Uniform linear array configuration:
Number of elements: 48
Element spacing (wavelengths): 0.25
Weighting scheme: hamming
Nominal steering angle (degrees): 15
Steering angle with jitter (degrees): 14.987
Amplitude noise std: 0.05
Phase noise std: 0.05

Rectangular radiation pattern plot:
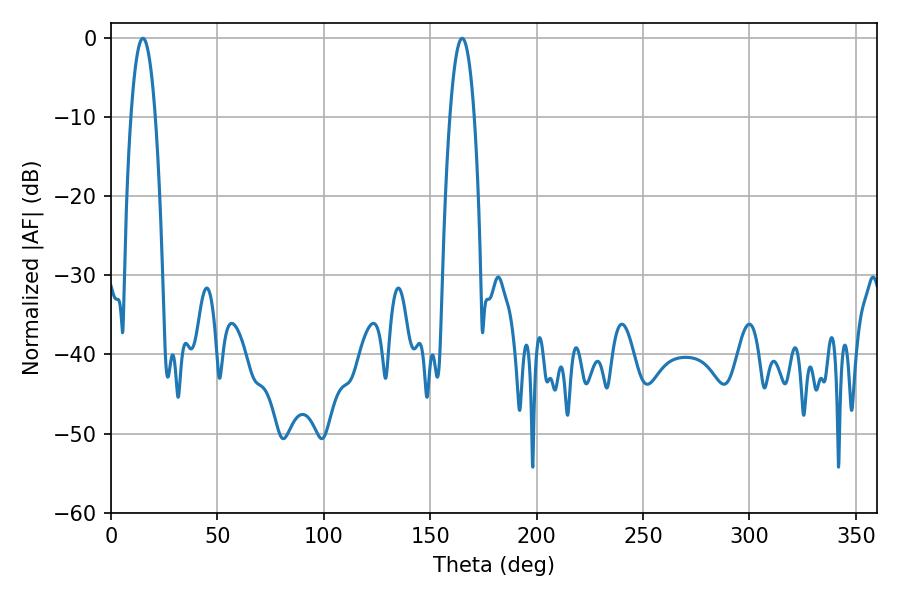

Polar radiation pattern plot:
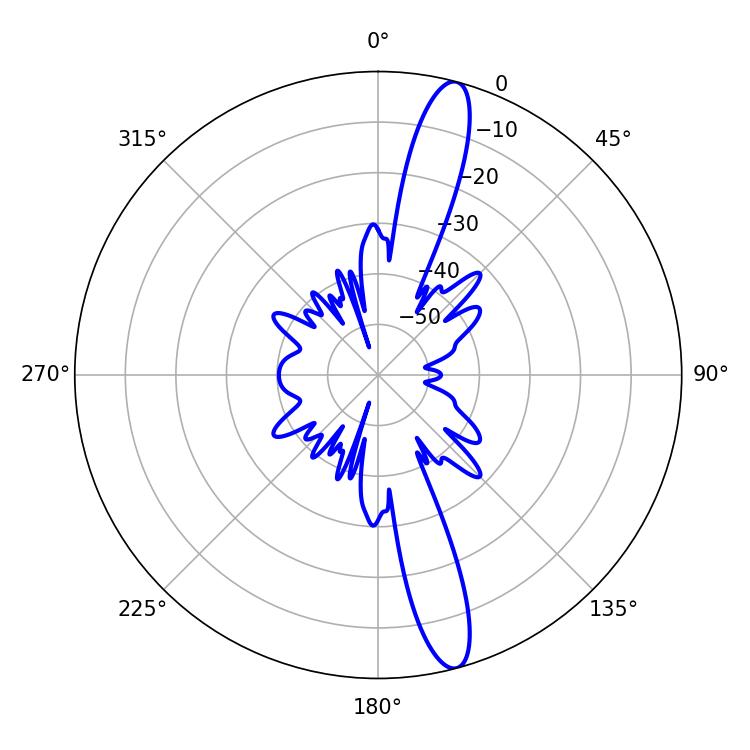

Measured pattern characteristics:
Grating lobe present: FALSE
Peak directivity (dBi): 15.102
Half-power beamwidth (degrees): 6.3
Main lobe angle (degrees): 14.94